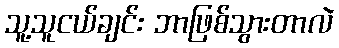
သူ့သူငယ်ချင်း ဘာဖြစ်သွားတာလဲ